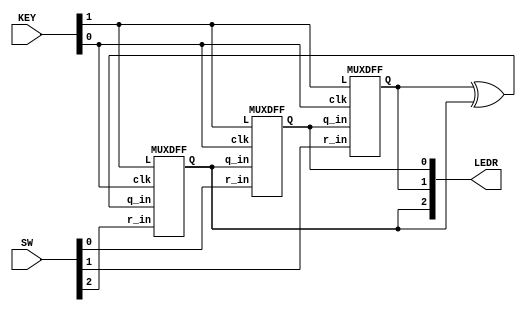
module top_module (
	input [2:0] SW,      // R
	input [1:0] KEY,     // L and clk
	output [2:0] LEDR);  // Q
    
    MUXDFF MF_0(.clk(KEY[0]),.L(KEY[1]),.r_in(SW[0]),.q_in(LEDR[2]),.Q(LEDR[0]));
    MUXDFF MF_1(.clk(KEY[0]),.L(KEY[1]),.r_in(SW[1]),.q_in(LEDR[0]),.Q(LEDR[1]));
    MUXDFF MF_2(.clk(KEY[0]),.L(KEY[1]),.r_in(SW[2]),.q_in(LEDR[1]^LEDR[2]),.Q(LEDR[2]));

endmodule
module MUXDFF (
	input clk,
	input L,
	input r_in,
	input q_in,
	output reg Q);
    always @(posedge clk) begin
        Q<=L?r_in:q_in;
    end
endmodule